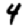
Digit: 4